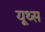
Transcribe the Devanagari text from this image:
यूथ्स